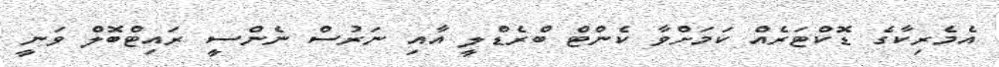
އެމެރިކާގެ ޑޮކްޓަރެއް ކަމަށްވާ ކެންޓް ބްރެޑްލީ އާއި ނަރުސް ނެންސީ ރައިޓްބޮލް ވަނީ